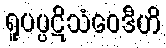
ရူပပ္ပဋိသံဝေဒီဟိ